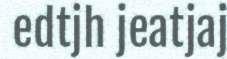
edtjh jeatjaj